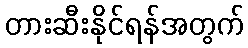
တားဆီးနိုင်ရန်အတွက်